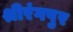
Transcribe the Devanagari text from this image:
श्रीरंगपुर